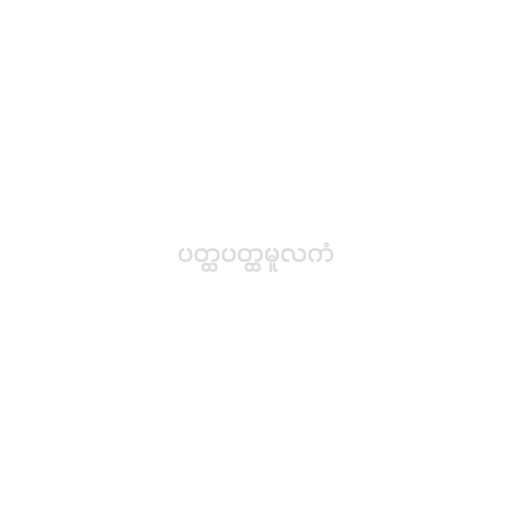
ပတ္ထပတ္ထမူလကံ